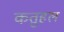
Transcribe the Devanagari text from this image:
कतुहल